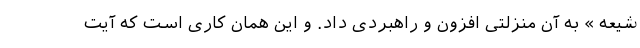
شیعه » به آن منزلتی افزون و راهبردی داد. و این همان کاری است که آیت